Leaving Certificate Examination (including Day School Certificate (Higher) General paper), 1934
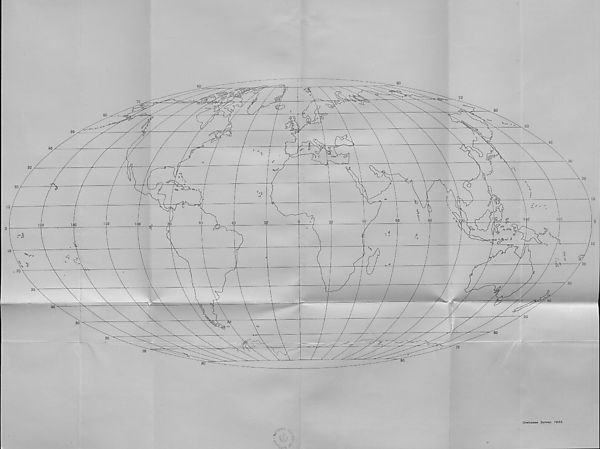
LOWER GEOG.
(MAPS.)
LEAVING CERTIFICATE EXAMINATION, 1934.
SCIENCE.
CO WEE OEA.EE—(OEOGKRAIPHIO.
MAPS.
FILL THIS IN FIRST.
Name of School.
Name of Pupil...
TO BE PINNED INSIDE THE CANDIDATE'S BOOK OF ANSWERS
AND THUS SENT TO THE DEPARTMENT.
[OYER.